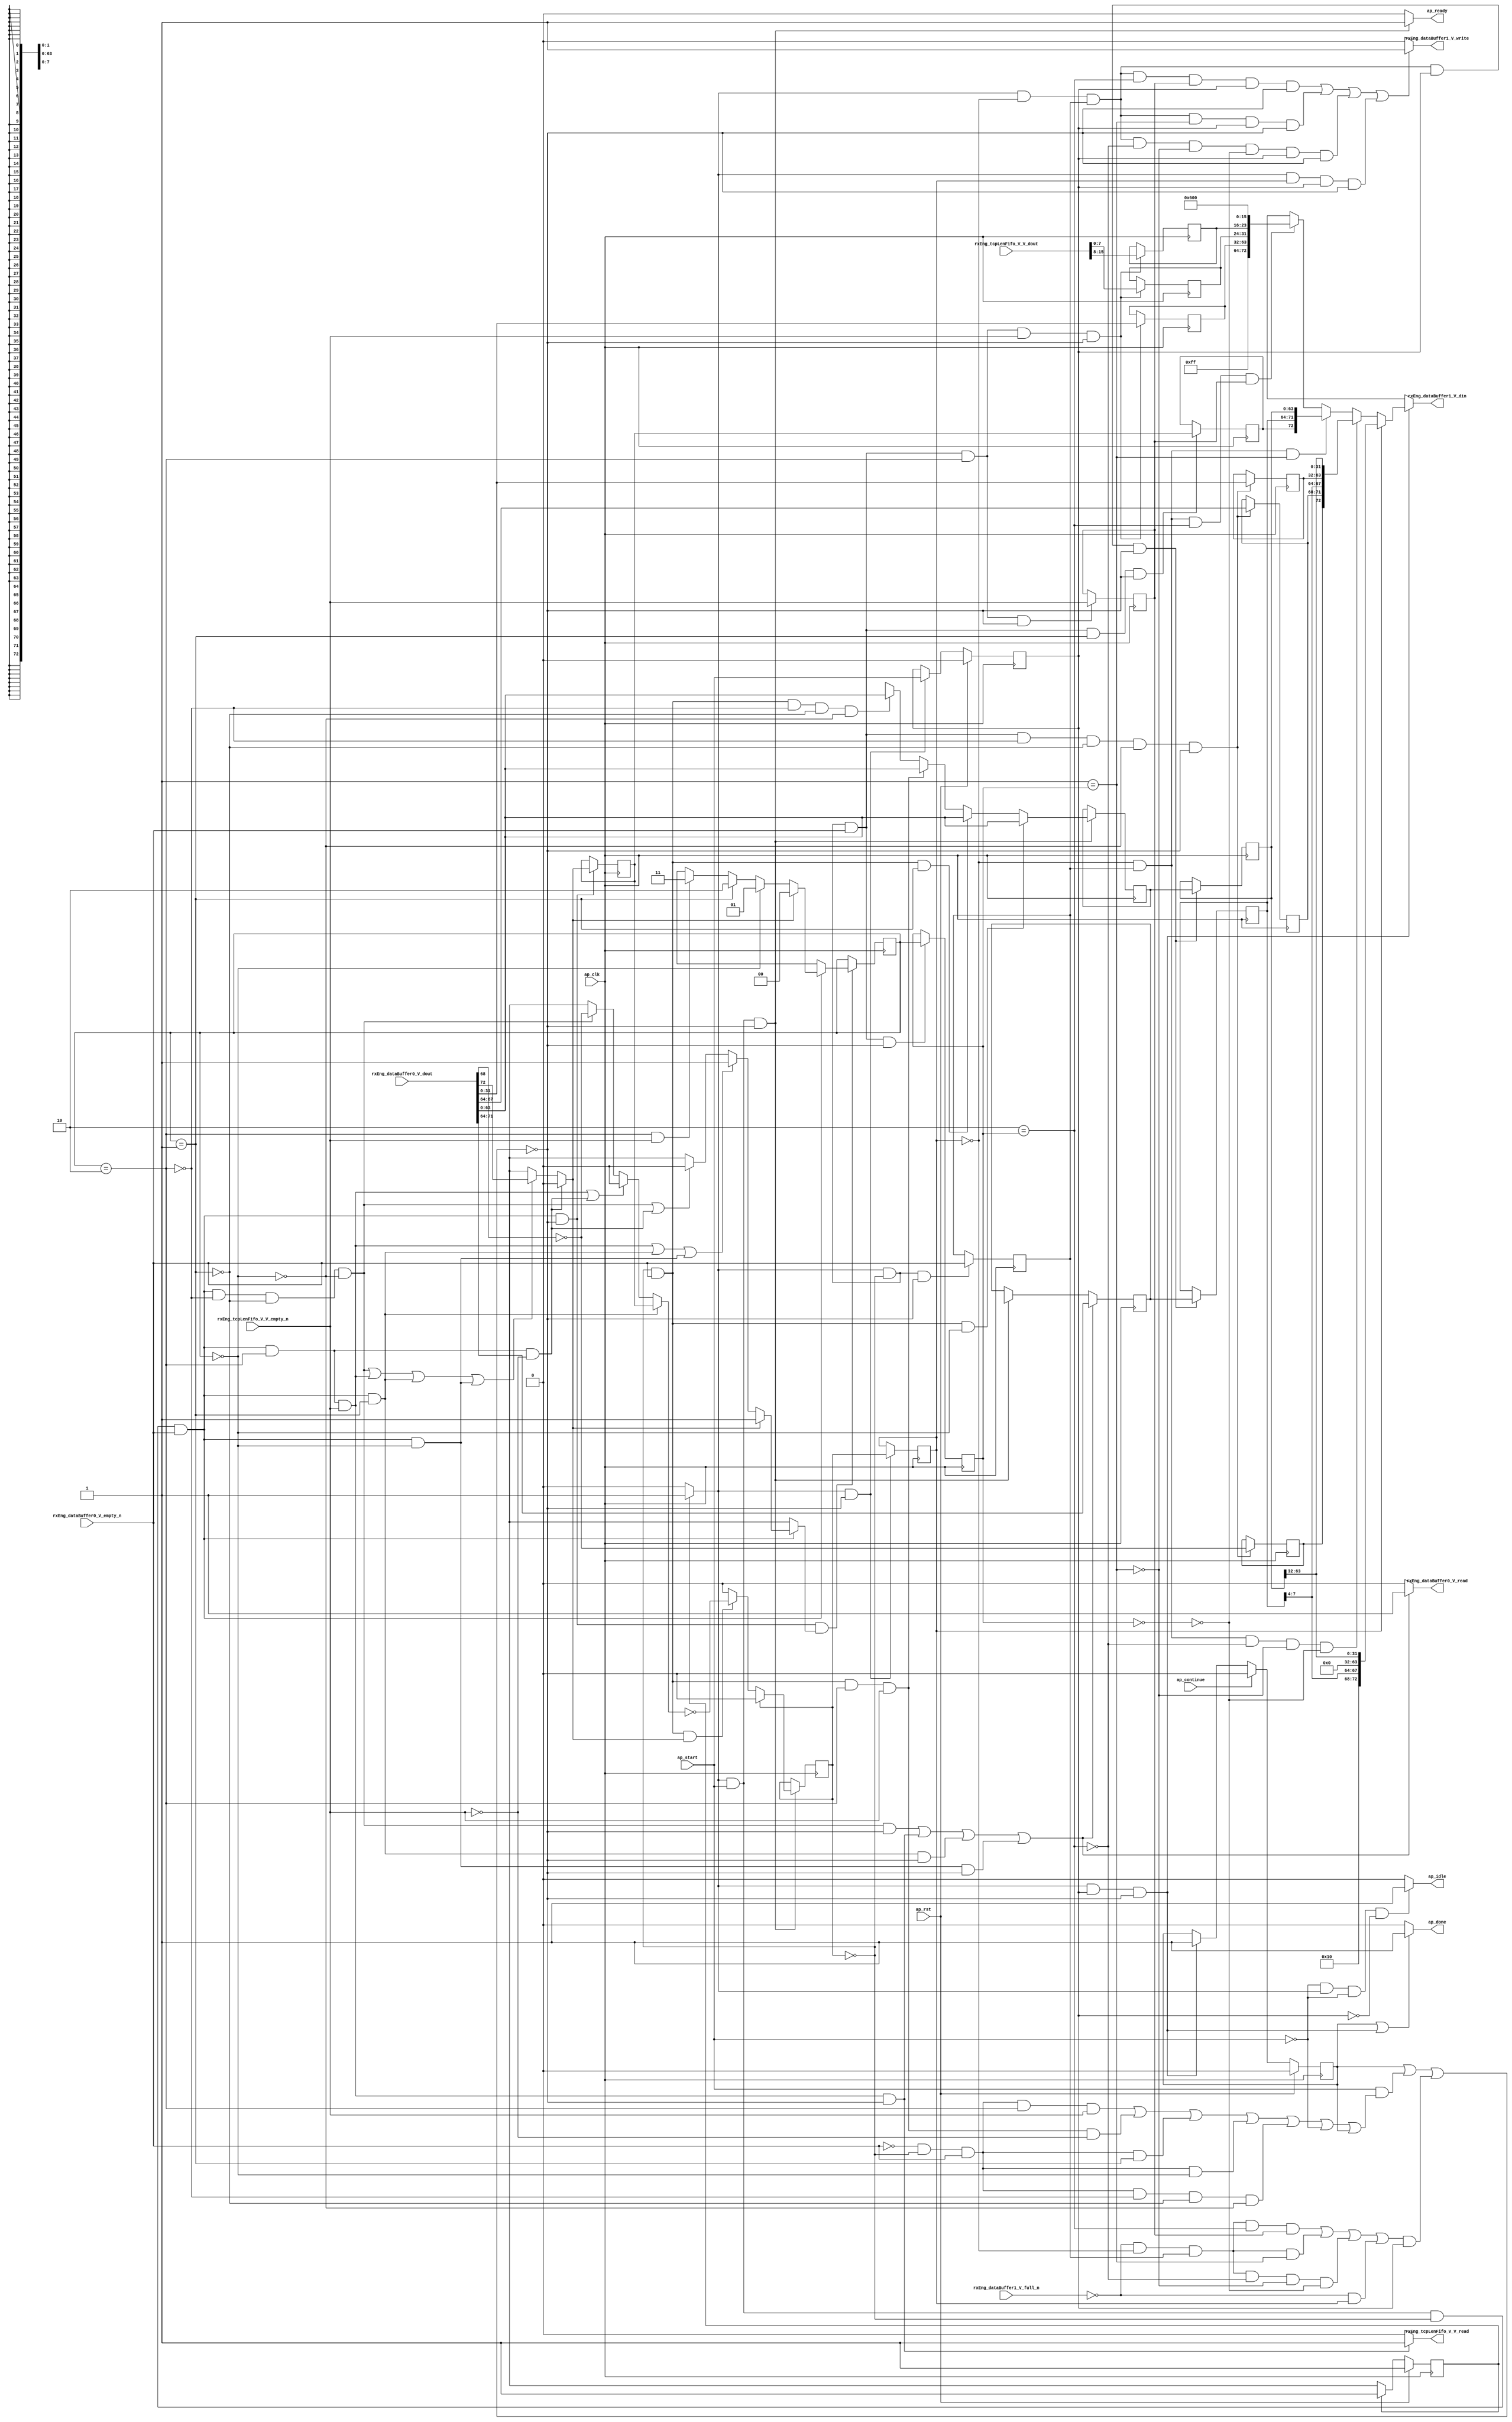
// This program was cloned from: https://github.com/mustafabbas/ECE1373_2016_hft_on_fpga
// License: MIT License

// ==============================================================
// RTL generated by Vivado(TM) HLS - High-Level Synthesis from C, C++ and SystemC
// Version: 2015.1
// Copyright (C) 2015 Xilinx Inc. All rights reserved.
// 
// ===========================================================

`timescale 1 ns / 1 ps 

module toe_rxInsertPseudoHeader (
        ap_clk,
        ap_rst,
        ap_start,
        ap_done,
        ap_continue,
        ap_idle,
        ap_ready,
        rxEng_dataBuffer0_V_dout,
        rxEng_dataBuffer0_V_empty_n,
        rxEng_dataBuffer0_V_read,
        rxEng_tcpLenFifo_V_V_dout,
        rxEng_tcpLenFifo_V_V_empty_n,
        rxEng_tcpLenFifo_V_V_read,
        rxEng_dataBuffer1_V_din,
        rxEng_dataBuffer1_V_full_n,
        rxEng_dataBuffer1_V_write
);

parameter    ap_const_logic_1 = 1'b1;
parameter    ap_const_logic_0 = 1'b0;
parameter    ap_ST_pp0_stg0_fsm_0 = 1'b1;
parameter    ap_const_lv32_0 = 32'b00000000000000000000000000000000;
parameter    ap_const_lv1_1 = 1'b1;
parameter    ap_const_lv1_0 = 1'b0;
parameter    ap_const_lv2_2 = 2'b10;
parameter    ap_const_lv2_1 = 2'b1;
parameter    ap_const_lv2_0 = 2'b00;
parameter    ap_const_lv64_0 = 64'b0000000000000000000000000000000000000000000000000000000000000000;
parameter    ap_const_lv2_3 = 2'b11;
parameter    ap_const_lv32_40 = 32'b1000000;
parameter    ap_const_lv32_47 = 32'b1000111;
parameter    ap_const_lv32_48 = 32'b1001000;
parameter    ap_const_lv32_20 = 32'b100000;
parameter    ap_const_lv32_3F = 32'b111111;
parameter    ap_const_lv32_4 = 32'b100;
parameter    ap_const_lv32_7 = 32'b111;
parameter    ap_const_lv32_8 = 32'b1000;
parameter    ap_const_lv32_F = 32'b1111;
parameter    ap_const_lv32_43 = 32'b1000011;
parameter    ap_const_lv32_44 = 32'b1000100;
parameter    ap_const_lv9_FF = 9'b11111111;
parameter    ap_const_lv16_600 = 16'b11000000000;
parameter    ap_const_lv32_1F = 32'b11111;
parameter    ap_const_lv5_10 = 5'b10000;
parameter    ap_true = 1'b1;

input   ap_clk;
input   ap_rst;
input   ap_start;
output   ap_done;
input   ap_continue;
output   ap_idle;
output   ap_ready;
input  [72:0] rxEng_dataBuffer0_V_dout;
input   rxEng_dataBuffer0_V_empty_n;
output   rxEng_dataBuffer0_V_read;
input  [15:0] rxEng_tcpLenFifo_V_V_dout;
input   rxEng_tcpLenFifo_V_V_empty_n;
output   rxEng_tcpLenFifo_V_V_read;
output  [72:0] rxEng_dataBuffer1_V_din;
input   rxEng_dataBuffer1_V_full_n;
output   rxEng_dataBuffer1_V_write;

reg ap_done;
reg ap_idle;
reg ap_ready;
reg rxEng_dataBuffer0_V_read;
reg rxEng_tcpLenFifo_V_V_read;
reg[72:0] rxEng_dataBuffer1_V_din;
reg rxEng_dataBuffer1_V_write;
reg    ap_done_reg = 1'b0;
(* fsm_encoding = "none" *) reg   [0:0] ap_CS_fsm = 1'b1;
reg    ap_sig_cseq_ST_pp0_stg0_fsm_0;
reg    ap_sig_bdd_20;
wire    ap_reg_ppiten_pp0_it0;
reg    ap_reg_ppiten_pp0_it1 = 1'b0;
wire   [0:0] tmp_nbreadreq_fu_136_p3;
wire   [0:0] tmp_79_nbreadreq_fu_144_p3;
reg    ap_sig_bdd_85;
reg   [0:0] iph_wasLast_load_reg_536;
reg   [0:0] tmp_reg_540;
reg   [1:0] iph_wordCount_V_load_reg_544;
reg   [0:0] tmp_79_reg_548;
reg    ap_sig_bdd_122;
reg   [0:0] iph_wasLast = 1'b0;
reg   [63:0] iph_prevWord_data_V = 64'b0000000000000000000000000000000000000000000000000000000000000000;
reg   [7:0] iph_prevWord_keep_V = 8'b00000000;
reg   [1:0] iph_wordCount_V = 2'b00;
reg   [0:0] iph_prevWord_last_V = 1'b0;
wire   [63:0] p_Val2_27_fu_359_p1;
reg   [7:0] p_Result_14_reg_557;
wire   [7:0] tmp_355_fu_373_p1;
reg   [7:0] tmp_355_reg_562;
wire   [31:0] tmp_356_fu_377_p1;
reg   [31:0] tmp_356_reg_567;
wire   [63:0] tmp_351_fu_381_p1;
reg   [0:0] tmp_last_V_10_reg_577;
wire   [63:0] tmp_349_fu_390_p1;
wire   [63:0] p_Val2_26_fu_394_p1;
wire   [31:0] tmp_347_fu_398_p1;
reg   [31:0] tmp_347_reg_592;
reg   [3:0] p_Result_13_reg_597;
wire   [0:0] tmp_last_V_fu_420_p2;
reg   [0:0] tmp_last_V_reg_602;
wire   [0:0] ap_reg_phiprechg_iph_wordCount_V_flag_reg_171pp0_it0;
reg   [0:0] iph_wordCount_V_flag_phi_fu_174_p10;
wire   [1:0] ap_reg_phiprechg_iph_wordCount_V_new_reg_191pp0_it0;
reg   [1:0] iph_wordCount_V_new_phi_fu_194_p10;
wire   [0:0] ap_reg_phiprechg_tmp_s_reg_211pp0_it0;
reg   [0:0] tmp_s_phi_fu_214_p10;
wire   [0:0] ap_reg_phiprechg_tmp_103_reg_229pp0_it0;
reg   [0:0] tmp_103_phi_fu_232_p10;
wire   [0:0] ap_reg_phiprechg_iph_wordCount_V_flag_1_reg_245pp0_it0;
reg   [0:0] iph_wordCount_V_flag_1_phi_fu_248_p4;
wire   [1:0] ap_reg_phiprechg_iph_wordCount_V_new_1_reg_257pp0_it0;
reg   [1:0] iph_wordCount_V_new_1_phi_fu_260_p4;
wire   [7:0] ap_reg_phiprechg_tmp_104_reg_268pp0_it0;
reg   [7:0] ap_reg_phiprechg_tmp_104_reg_268pp0_it1;
wire   [63:0] ap_reg_phiprechg_tmp_105_reg_285pp0_it0;
reg   [63:0] ap_reg_phiprechg_tmp_105_reg_285pp0_it1;
wire   [72:0] tmp_5_fu_467_p6;
wire   [72:0] tmp_3_fu_479_p4;
wire   [72:0] tmp_7_fu_489_p6;
wire   [72:0] tmp108_fu_525_p4;
wire   [0:0] tmp_106_fu_433_p2;
wire   [0:0] tmp_348_fu_412_p3;
wire   [3:0] grp_fu_334_p4;
wire   [31:0] grp_fu_325_p4;
wire   [63:0] p_Result_s_117_fu_513_p5;
reg   [0:0] ap_NS_fsm;
reg    ap_sig_pprstidle_pp0;
reg    ap_sig_bdd_76;
reg    ap_sig_bdd_55;
reg    ap_sig_bdd_65;
reg    ap_sig_bdd_69;
reg    ap_sig_bdd_129;
reg    ap_sig_bdd_228;
reg    ap_sig_bdd_276;
reg    ap_sig_bdd_411;
reg    ap_sig_bdd_105;
reg    ap_sig_bdd_108;
reg    ap_sig_bdd_116;
reg    ap_sig_bdd_241;




/// the current state (ap_CS_fsm) of the state machine. ///
always @ (posedge ap_clk)
begin : ap_ret_ap_CS_fsm
    if (ap_rst == 1'b1) begin
        ap_CS_fsm <= ap_ST_pp0_stg0_fsm_0;
    end else begin
        ap_CS_fsm <= ap_NS_fsm;
    end
end

/// ap_done_reg assign process. ///
always @ (posedge ap_clk)
begin : ap_ret_ap_done_reg
    if (ap_rst == 1'b1) begin
        ap_done_reg <= ap_const_logic_0;
    end else begin
        if ((ap_const_logic_1 == ap_continue)) begin
            ap_done_reg <= ap_const_logic_0;
        end else if (((ap_const_logic_1 == ap_sig_cseq_ST_pp0_stg0_fsm_0) & (ap_const_logic_1 == ap_reg_ppiten_pp0_it1) & ~((ap_done_reg == ap_const_logic_1) | ((ap_const_logic_1 == ap_reg_ppiten_pp0_it0) & ap_sig_bdd_85) | (ap_sig_bdd_122 & (ap_const_logic_1 == ap_reg_ppiten_pp0_it1))))) begin
            ap_done_reg <= ap_const_logic_1;
        end
    end
end

/// ap_reg_ppiten_pp0_it1 assign process. ///
always @ (posedge ap_clk)
begin : ap_ret_ap_reg_ppiten_pp0_it1
    if (ap_rst == 1'b1) begin
        ap_reg_ppiten_pp0_it1 <= ap_const_logic_0;
    end else begin
        if (((ap_const_logic_1 == ap_sig_cseq_ST_pp0_stg0_fsm_0) & ~((ap_done_reg == ap_const_logic_1) | ((ap_const_logic_1 == ap_reg_ppiten_pp0_it0) & ap_sig_bdd_85) | (ap_sig_bdd_122 & (ap_const_logic_1 == ap_reg_ppiten_pp0_it1))))) begin
            ap_reg_ppiten_pp0_it1 <= ap_reg_ppiten_pp0_it0;
        end
    end
end

/// assign process. ///
always @(posedge ap_clk)
begin
    if ((((ap_const_logic_1 == ap_sig_cseq_ST_pp0_stg0_fsm_0) & (ap_const_logic_1 == ap_reg_ppiten_pp0_it0) & (iph_wasLast == ap_const_lv1_0) & ~(ap_const_lv1_0 == tmp_nbreadreq_fu_136_p3) & ~(iph_wordCount_V == ap_const_lv2_2) & ~(iph_wordCount_V == ap_const_lv2_1) & ~(iph_wordCount_V == ap_const_lv2_0) & ~((ap_done_reg == ap_const_logic_1) | ((ap_const_logic_1 == ap_reg_ppiten_pp0_it0) & ap_sig_bdd_85) | (ap_sig_bdd_122 & (ap_const_logic_1 == ap_reg_ppiten_pp0_it1)))) | ((ap_const_logic_1 == ap_sig_cseq_ST_pp0_stg0_fsm_0) & (ap_const_logic_1 == ap_reg_ppiten_pp0_it0) & (iph_wasLast == ap_const_lv1_0) & ~(ap_const_lv1_0 == tmp_nbreadreq_fu_136_p3) & (iph_wordCount_V == ap_const_lv2_2) & ~(ap_const_lv1_0 == tmp_79_nbreadreq_fu_144_p3) & ~((ap_done_reg == ap_const_logic_1) | ((ap_const_logic_1 == ap_reg_ppiten_pp0_it0) & ap_sig_bdd_85) | (ap_sig_bdd_122 & (ap_const_logic_1 == ap_reg_ppiten_pp0_it1)))) | ((ap_const_logic_1 == ap_sig_cseq_ST_pp0_stg0_fsm_0) & (ap_const_logic_1 == ap_reg_ppiten_pp0_it0) & (iph_wasLast == ap_const_lv1_0) & ~(ap_const_lv1_0 == tmp_nbreadreq_fu_136_p3) & (iph_wordCount_V == ap_const_lv2_1) & ~((ap_done_reg == ap_const_logic_1) | ((ap_const_logic_1 == ap_reg_ppiten_pp0_it0) & ap_sig_bdd_85) | (ap_sig_bdd_122 & (ap_const_logic_1 == ap_reg_ppiten_pp0_it1)))) | ((ap_const_logic_1 == ap_sig_cseq_ST_pp0_stg0_fsm_0) & (ap_const_logic_1 == ap_reg_ppiten_pp0_it0) & (iph_wasLast == ap_const_lv1_0) & ~(ap_const_lv1_0 == tmp_nbreadreq_fu_136_p3) & (iph_wordCount_V == ap_const_lv2_0) & ~((ap_done_reg == ap_const_logic_1) | ((ap_const_logic_1 == ap_reg_ppiten_pp0_it0) & ap_sig_bdd_85) | (ap_sig_bdd_122 & (ap_const_logic_1 == ap_reg_ppiten_pp0_it1)))))) begin
        ap_reg_phiprechg_tmp_104_reg_268pp0_it1 <= {{rxEng_dataBuffer0_V_dout[ap_const_lv32_47 : ap_const_lv32_40]}};
    end else if (((ap_const_logic_1 == ap_sig_cseq_ST_pp0_stg0_fsm_0) & (ap_const_logic_1 == ap_reg_ppiten_pp0_it0) & ~((ap_done_reg == ap_const_logic_1) | ((ap_const_logic_1 == ap_reg_ppiten_pp0_it0) & ap_sig_bdd_85) | (ap_sig_bdd_122 & (ap_const_logic_1 == ap_reg_ppiten_pp0_it1))))) begin
        ap_reg_phiprechg_tmp_104_reg_268pp0_it1 <= ap_reg_phiprechg_tmp_104_reg_268pp0_it0;
    end
end

/// assign process. ///
always @(posedge ap_clk)
begin
    if (ap_sig_bdd_129) begin
        if (ap_sig_bdd_69) begin
            ap_reg_phiprechg_tmp_105_reg_285pp0_it1 <= tmp_349_fu_390_p1;
        end else if (ap_sig_bdd_65) begin
            ap_reg_phiprechg_tmp_105_reg_285pp0_it1 <= tmp_351_fu_381_p1;
        end else if (ap_sig_bdd_55) begin
            ap_reg_phiprechg_tmp_105_reg_285pp0_it1 <= p_Val2_27_fu_359_p1;
        end else if (ap_sig_bdd_76) begin
            ap_reg_phiprechg_tmp_105_reg_285pp0_it1 <= p_Val2_26_fu_394_p1;
        end else if ((ap_true == ap_true)) begin
            ap_reg_phiprechg_tmp_105_reg_285pp0_it1 <= ap_reg_phiprechg_tmp_105_reg_285pp0_it0;
        end
    end
end

/// assign process. ///
always @(posedge ap_clk)
begin
    if (ap_sig_bdd_129) begin
        if (~(iph_wasLast == ap_const_lv1_0)) begin
            iph_wasLast <= ap_const_lv1_0;
        end else if (ap_sig_bdd_228) begin
            iph_wasLast <= tmp_106_fu_433_p2;
        end
    end
end

/// assign process. ///
always @(posedge ap_clk)
begin
    if (((ap_const_logic_1 == ap_sig_cseq_ST_pp0_stg0_fsm_0) & (ap_const_lv1_0 == iph_wasLast_load_reg_536) & ~(ap_const_lv1_0 == tmp_reg_540) & (ap_const_logic_1 == ap_reg_ppiten_pp0_it1) & ~((ap_done_reg == ap_const_logic_1) | ((ap_const_logic_1 == ap_reg_ppiten_pp0_it0) & ap_sig_bdd_85) | (ap_sig_bdd_122 & (ap_const_logic_1 == ap_reg_ppiten_pp0_it1))))) begin
        iph_prevWord_data_V <= ap_reg_phiprechg_tmp_105_reg_285pp0_it1;
        iph_prevWord_keep_V <= ap_reg_phiprechg_tmp_104_reg_268pp0_it1;
    end
end

/// assign process. ///
always @(posedge ap_clk)
begin
    if (((ap_const_logic_1 == ap_sig_cseq_ST_pp0_stg0_fsm_0) & (ap_const_logic_1 == ap_reg_ppiten_pp0_it0) & (iph_wasLast == ap_const_lv1_0) & ~(ap_const_lv1_0 == tmp_nbreadreq_fu_136_p3) & ~((ap_done_reg == ap_const_logic_1) | ((ap_const_logic_1 == ap_reg_ppiten_pp0_it0) & ap_sig_bdd_85) | (ap_sig_bdd_122 & (ap_const_logic_1 == ap_reg_ppiten_pp0_it1))))) begin
        iph_prevWord_last_V <= tmp_103_phi_fu_232_p10;
    end
end

/// assign process. ///
always @(posedge ap_clk)
begin
    if (((ap_const_logic_1 == ap_sig_cseq_ST_pp0_stg0_fsm_0) & ~((ap_done_reg == ap_const_logic_1) | ((ap_const_logic_1 == ap_reg_ppiten_pp0_it0) & ap_sig_bdd_85) | (ap_sig_bdd_122 & (ap_const_logic_1 == ap_reg_ppiten_pp0_it1))))) begin
        iph_wasLast_load_reg_536 <= iph_wasLast;
    end
end

/// assign process. ///
always @(posedge ap_clk)
begin
    if (((ap_const_logic_1 == ap_sig_cseq_ST_pp0_stg0_fsm_0) & (ap_const_logic_1 == ap_reg_ppiten_pp0_it0) & (iph_wasLast == ap_const_lv1_0) & ~(ap_const_lv1_0 == tmp_nbreadreq_fu_136_p3) & ~((ap_done_reg == ap_const_logic_1) | ((ap_const_logic_1 == ap_reg_ppiten_pp0_it0) & ap_sig_bdd_85) | (ap_sig_bdd_122 & (ap_const_logic_1 == ap_reg_ppiten_pp0_it1))) & ~(ap_const_lv1_0 == iph_wordCount_V_flag_1_phi_fu_248_p4))) begin
        iph_wordCount_V <= iph_wordCount_V_new_1_phi_fu_260_p4;
    end
end

/// assign process. ///
always @(posedge ap_clk)
begin
    if (((ap_const_logic_1 == ap_sig_cseq_ST_pp0_stg0_fsm_0) & (iph_wasLast == ap_const_lv1_0) & ~(ap_const_lv1_0 == tmp_nbreadreq_fu_136_p3) & ~((ap_done_reg == ap_const_logic_1) | ((ap_const_logic_1 == ap_reg_ppiten_pp0_it0) & ap_sig_bdd_85) | (ap_sig_bdd_122 & (ap_const_logic_1 == ap_reg_ppiten_pp0_it1))))) begin
        iph_wordCount_V_load_reg_544 <= iph_wordCount_V;
    end
end

/// assign process. ///
always @(posedge ap_clk)
begin
    if (((ap_const_logic_1 == ap_sig_cseq_ST_pp0_stg0_fsm_0) & (iph_wasLast == ap_const_lv1_0) & ~(ap_const_lv1_0 == tmp_nbreadreq_fu_136_p3) & ~(iph_wordCount_V == ap_const_lv2_2) & ~(iph_wordCount_V == ap_const_lv2_1) & ~(iph_wordCount_V == ap_const_lv2_0) & ~((ap_done_reg == ap_const_logic_1) | ((ap_const_logic_1 == ap_reg_ppiten_pp0_it0) & ap_sig_bdd_85) | (ap_sig_bdd_122 & (ap_const_logic_1 == ap_reg_ppiten_pp0_it1))))) begin
        p_Result_13_reg_597 <= {{rxEng_dataBuffer0_V_dout[ap_const_lv32_43 : ap_const_lv32_40]}};
        tmp_347_reg_592 <= tmp_347_fu_398_p1;
        tmp_last_V_reg_602 <= tmp_last_V_fu_420_p2;
    end
end

/// assign process. ///
always @(posedge ap_clk)
begin
    if (((ap_const_logic_1 == ap_sig_cseq_ST_pp0_stg0_fsm_0) & (iph_wasLast == ap_const_lv1_0) & ~(ap_const_lv1_0 == tmp_nbreadreq_fu_136_p3) & (iph_wordCount_V == ap_const_lv2_2) & ~(ap_const_lv1_0 == tmp_79_nbreadreq_fu_144_p3) & ~((ap_done_reg == ap_const_logic_1) | ((ap_const_logic_1 == ap_reg_ppiten_pp0_it0) & ap_sig_bdd_85) | (ap_sig_bdd_122 & (ap_const_logic_1 == ap_reg_ppiten_pp0_it1))))) begin
        p_Result_14_reg_557 <= {{rxEng_tcpLenFifo_V_V_dout[ap_const_lv32_F : ap_const_lv32_8]}};
        tmp_355_reg_562 <= tmp_355_fu_373_p1;
        tmp_356_reg_567 <= tmp_356_fu_377_p1;
    end
end

/// assign process. ///
always @(posedge ap_clk)
begin
    if (((ap_const_logic_1 == ap_sig_cseq_ST_pp0_stg0_fsm_0) & (iph_wasLast == ap_const_lv1_0) & ~(ap_const_lv1_0 == tmp_nbreadreq_fu_136_p3) & (iph_wordCount_V == ap_const_lv2_2) & ~((ap_done_reg == ap_const_logic_1) | ((ap_const_logic_1 == ap_reg_ppiten_pp0_it0) & ap_sig_bdd_85) | (ap_sig_bdd_122 & (ap_const_logic_1 == ap_reg_ppiten_pp0_it1))))) begin
        tmp_79_reg_548 <= tmp_79_nbreadreq_fu_144_p3;
    end
end

/// assign process. ///
always @(posedge ap_clk)
begin
    if (((ap_const_logic_1 == ap_sig_cseq_ST_pp0_stg0_fsm_0) & (iph_wasLast == ap_const_lv1_0) & ~(ap_const_lv1_0 == tmp_nbreadreq_fu_136_p3) & (iph_wordCount_V == ap_const_lv2_1) & ~((ap_done_reg == ap_const_logic_1) | ((ap_const_logic_1 == ap_reg_ppiten_pp0_it0) & ap_sig_bdd_85) | (ap_sig_bdd_122 & (ap_const_logic_1 == ap_reg_ppiten_pp0_it1))))) begin
        tmp_last_V_10_reg_577 <= iph_prevWord_last_V;
    end
end

/// assign process. ///
always @(posedge ap_clk)
begin
    if (((ap_const_logic_1 == ap_sig_cseq_ST_pp0_stg0_fsm_0) & (iph_wasLast == ap_const_lv1_0) & ~((ap_done_reg == ap_const_logic_1) | ((ap_const_logic_1 == ap_reg_ppiten_pp0_it0) & ap_sig_bdd_85) | (ap_sig_bdd_122 & (ap_const_logic_1 == ap_reg_ppiten_pp0_it1))))) begin
        tmp_reg_540 <= tmp_nbreadreq_fu_136_p3;
    end
end

/// ap_done assign process. ///
always @ (ap_done_reg or ap_sig_cseq_ST_pp0_stg0_fsm_0 or ap_reg_ppiten_pp0_it0 or ap_reg_ppiten_pp0_it1 or ap_sig_bdd_85 or ap_sig_bdd_122)
begin
    if (((ap_const_logic_1 == ap_done_reg) | ((ap_const_logic_1 == ap_sig_cseq_ST_pp0_stg0_fsm_0) & (ap_const_logic_1 == ap_reg_ppiten_pp0_it1) & ~((ap_done_reg == ap_const_logic_1) | ((ap_const_logic_1 == ap_reg_ppiten_pp0_it0) & ap_sig_bdd_85) | (ap_sig_bdd_122 & (ap_const_logic_1 == ap_reg_ppiten_pp0_it1)))))) begin
        ap_done = ap_const_logic_1;
    end else begin
        ap_done = ap_const_logic_0;
    end
end

/// ap_idle assign process. ///
always @ (ap_start or ap_sig_cseq_ST_pp0_stg0_fsm_0 or ap_reg_ppiten_pp0_it0 or ap_reg_ppiten_pp0_it1)
begin
    if ((~(ap_const_logic_1 == ap_start) & (ap_const_logic_1 == ap_sig_cseq_ST_pp0_stg0_fsm_0) & (ap_const_logic_0 == ap_reg_ppiten_pp0_it0) & (ap_const_logic_0 == ap_reg_ppiten_pp0_it1))) begin
        ap_idle = ap_const_logic_1;
    end else begin
        ap_idle = ap_const_logic_0;
    end
end

/// ap_ready assign process. ///
always @ (ap_done_reg or ap_sig_cseq_ST_pp0_stg0_fsm_0 or ap_reg_ppiten_pp0_it0 or ap_reg_ppiten_pp0_it1 or ap_sig_bdd_85 or ap_sig_bdd_122)
begin
    if (((ap_const_logic_1 == ap_sig_cseq_ST_pp0_stg0_fsm_0) & (ap_const_logic_1 == ap_reg_ppiten_pp0_it0) & ~((ap_done_reg == ap_const_logic_1) | ((ap_const_logic_1 == ap_reg_ppiten_pp0_it0) & ap_sig_bdd_85) | (ap_sig_bdd_122 & (ap_const_logic_1 == ap_reg_ppiten_pp0_it1))))) begin
        ap_ready = ap_const_logic_1;
    end else begin
        ap_ready = ap_const_logic_0;
    end
end

/// ap_sig_cseq_ST_pp0_stg0_fsm_0 assign process. ///
always @ (ap_sig_bdd_20)
begin
    if (ap_sig_bdd_20) begin
        ap_sig_cseq_ST_pp0_stg0_fsm_0 = ap_const_logic_1;
    end else begin
        ap_sig_cseq_ST_pp0_stg0_fsm_0 = ap_const_logic_0;
    end
end

/// ap_sig_pprstidle_pp0 assign process. ///
always @ (ap_start or ap_reg_ppiten_pp0_it0)
begin
    if (((ap_const_logic_0 == ap_reg_ppiten_pp0_it0) & (ap_const_logic_0 == ap_start))) begin
        ap_sig_pprstidle_pp0 = ap_const_logic_1;
    end else begin
        ap_sig_pprstidle_pp0 = ap_const_logic_0;
    end
end

/// iph_wordCount_V_flag_1_phi_fu_248_p4 assign process. ///
always @ (iph_wordCount_V_flag_phi_fu_174_p10 or tmp_103_phi_fu_232_p10 or ap_reg_phiprechg_iph_wordCount_V_flag_1_reg_245pp0_it0 or ap_sig_bdd_276)
begin
    if (ap_sig_bdd_276) begin
        if ((ap_const_lv1_0 == tmp_103_phi_fu_232_p10)) begin
            iph_wordCount_V_flag_1_phi_fu_248_p4 = iph_wordCount_V_flag_phi_fu_174_p10;
        end else if (~(ap_const_lv1_0 == tmp_103_phi_fu_232_p10)) begin
            iph_wordCount_V_flag_1_phi_fu_248_p4 = ap_const_lv1_1;
        end else begin
            iph_wordCount_V_flag_1_phi_fu_248_p4 = ap_reg_phiprechg_iph_wordCount_V_flag_1_reg_245pp0_it0;
        end
    end else begin
        iph_wordCount_V_flag_1_phi_fu_248_p4 = ap_reg_phiprechg_iph_wordCount_V_flag_1_reg_245pp0_it0;
    end
end

/// iph_wordCount_V_flag_phi_fu_174_p10 assign process. ///
always @ (ap_sig_cseq_ST_pp0_stg0_fsm_0 or ap_reg_ppiten_pp0_it0 or tmp_nbreadreq_fu_136_p3 or tmp_79_nbreadreq_fu_144_p3 or iph_wasLast or iph_wordCount_V or ap_reg_phiprechg_iph_wordCount_V_flag_reg_171pp0_it0)
begin
    if ((((ap_const_logic_1 == ap_sig_cseq_ST_pp0_stg0_fsm_0) & (ap_const_logic_1 == ap_reg_ppiten_pp0_it0) & (iph_wasLast == ap_const_lv1_0) & ~(ap_const_lv1_0 == tmp_nbreadreq_fu_136_p3) & (iph_wordCount_V == ap_const_lv2_2) & ~(ap_const_lv1_0 == tmp_79_nbreadreq_fu_144_p3)) | ((ap_const_logic_1 == ap_sig_cseq_ST_pp0_stg0_fsm_0) & (ap_const_logic_1 == ap_reg_ppiten_pp0_it0) & (iph_wasLast == ap_const_lv1_0) & ~(ap_const_lv1_0 == tmp_nbreadreq_fu_136_p3) & (iph_wordCount_V == ap_const_lv2_1)) | ((ap_const_logic_1 == ap_sig_cseq_ST_pp0_stg0_fsm_0) & (ap_const_logic_1 == ap_reg_ppiten_pp0_it0) & (iph_wasLast == ap_const_lv1_0) & ~(ap_const_lv1_0 == tmp_nbreadreq_fu_136_p3) & (iph_wordCount_V == ap_const_lv2_0)))) begin
        iph_wordCount_V_flag_phi_fu_174_p10 = ap_const_lv1_1;
    end else if ((((ap_const_logic_1 == ap_sig_cseq_ST_pp0_stg0_fsm_0) & (ap_const_logic_1 == ap_reg_ppiten_pp0_it0) & (iph_wasLast == ap_const_lv1_0) & ~(ap_const_lv1_0 == tmp_nbreadreq_fu_136_p3) & ~(iph_wordCount_V == ap_const_lv2_2) & ~(iph_wordCount_V == ap_const_lv2_1) & ~(iph_wordCount_V == ap_const_lv2_0)) | ((ap_const_logic_1 == ap_sig_cseq_ST_pp0_stg0_fsm_0) & (ap_const_logic_1 == ap_reg_ppiten_pp0_it0) & (iph_wasLast == ap_const_lv1_0) & ~(ap_const_lv1_0 == tmp_nbreadreq_fu_136_p3) & (iph_wordCount_V == ap_const_lv2_2) & (ap_const_lv1_0 == tmp_79_nbreadreq_fu_144_p3)))) begin
        iph_wordCount_V_flag_phi_fu_174_p10 = ap_const_lv1_0;
    end else begin
        iph_wordCount_V_flag_phi_fu_174_p10 = ap_reg_phiprechg_iph_wordCount_V_flag_reg_171pp0_it0;
    end
end

/// iph_wordCount_V_new_1_phi_fu_260_p4 assign process. ///
always @ (iph_wordCount_V_new_phi_fu_194_p10 or tmp_103_phi_fu_232_p10 or ap_reg_phiprechg_iph_wordCount_V_new_1_reg_257pp0_it0 or ap_sig_bdd_276)
begin
    if (ap_sig_bdd_276) begin
        if ((ap_const_lv1_0 == tmp_103_phi_fu_232_p10)) begin
            iph_wordCount_V_new_1_phi_fu_260_p4 = iph_wordCount_V_new_phi_fu_194_p10;
        end else if (~(ap_const_lv1_0 == tmp_103_phi_fu_232_p10)) begin
            iph_wordCount_V_new_1_phi_fu_260_p4 = ap_const_lv2_0;
        end else begin
            iph_wordCount_V_new_1_phi_fu_260_p4 = ap_reg_phiprechg_iph_wordCount_V_new_1_reg_257pp0_it0;
        end
    end else begin
        iph_wordCount_V_new_1_phi_fu_260_p4 = ap_reg_phiprechg_iph_wordCount_V_new_1_reg_257pp0_it0;
    end
end

/// iph_wordCount_V_new_phi_fu_194_p10 assign process. ///
always @ (iph_wordCount_V or ap_reg_phiprechg_iph_wordCount_V_new_reg_191pp0_it0 or ap_sig_bdd_276 or ap_sig_bdd_411)
begin
    if (ap_sig_bdd_276) begin
        if ((iph_wordCount_V == ap_const_lv2_0)) begin
            iph_wordCount_V_new_phi_fu_194_p10 = ap_const_lv2_1;
        end else if ((iph_wordCount_V == ap_const_lv2_1)) begin
            iph_wordCount_V_new_phi_fu_194_p10 = ap_const_lv2_2;
        end else if (ap_sig_bdd_411) begin
            iph_wordCount_V_new_phi_fu_194_p10 = ap_const_lv2_3;
        end else begin
            iph_wordCount_V_new_phi_fu_194_p10 = ap_reg_phiprechg_iph_wordCount_V_new_reg_191pp0_it0;
        end
    end else begin
        iph_wordCount_V_new_phi_fu_194_p10 = ap_reg_phiprechg_iph_wordCount_V_new_reg_191pp0_it0;
    end
end

/// rxEng_dataBuffer0_V_read assign process. ///
always @ (ap_done_reg or ap_sig_cseq_ST_pp0_stg0_fsm_0 or ap_reg_ppiten_pp0_it0 or ap_reg_ppiten_pp0_it1 or tmp_nbreadreq_fu_136_p3 or tmp_79_nbreadreq_fu_144_p3 or ap_sig_bdd_85 or ap_sig_bdd_122 or iph_wasLast or iph_wordCount_V)
begin
    if ((((ap_const_logic_1 == ap_sig_cseq_ST_pp0_stg0_fsm_0) & (ap_const_logic_1 == ap_reg_ppiten_pp0_it0) & (iph_wasLast == ap_const_lv1_0) & ~(ap_const_lv1_0 == tmp_nbreadreq_fu_136_p3) & ~(iph_wordCount_V == ap_const_lv2_2) & ~(iph_wordCount_V == ap_const_lv2_1) & ~(iph_wordCount_V == ap_const_lv2_0) & ~((ap_done_reg == ap_const_logic_1) | ((ap_const_logic_1 == ap_reg_ppiten_pp0_it0) & ap_sig_bdd_85) | (ap_sig_bdd_122 & (ap_const_logic_1 == ap_reg_ppiten_pp0_it1)))) | ((ap_const_logic_1 == ap_sig_cseq_ST_pp0_stg0_fsm_0) & (ap_const_logic_1 == ap_reg_ppiten_pp0_it0) & (iph_wasLast == ap_const_lv1_0) & ~(ap_const_lv1_0 == tmp_nbreadreq_fu_136_p3) & (iph_wordCount_V == ap_const_lv2_2) & ~(ap_const_lv1_0 == tmp_79_nbreadreq_fu_144_p3) & ~((ap_done_reg == ap_const_logic_1) | ((ap_const_logic_1 == ap_reg_ppiten_pp0_it0) & ap_sig_bdd_85) | (ap_sig_bdd_122 & (ap_const_logic_1 == ap_reg_ppiten_pp0_it1)))) | ((ap_const_logic_1 == ap_sig_cseq_ST_pp0_stg0_fsm_0) & (ap_const_logic_1 == ap_reg_ppiten_pp0_it0) & (iph_wasLast == ap_const_lv1_0) & ~(ap_const_lv1_0 == tmp_nbreadreq_fu_136_p3) & (iph_wordCount_V == ap_const_lv2_1) & ~((ap_done_reg == ap_const_logic_1) | ((ap_const_logic_1 == ap_reg_ppiten_pp0_it0) & ap_sig_bdd_85) | (ap_sig_bdd_122 & (ap_const_logic_1 == ap_reg_ppiten_pp0_it1)))) | ((ap_const_logic_1 == ap_sig_cseq_ST_pp0_stg0_fsm_0) & (ap_const_logic_1 == ap_reg_ppiten_pp0_it0) & (iph_wasLast == ap_const_lv1_0) & ~(ap_const_lv1_0 == tmp_nbreadreq_fu_136_p3) & (iph_wordCount_V == ap_const_lv2_0) & ~((ap_done_reg == ap_const_logic_1) | ((ap_const_logic_1 == ap_reg_ppiten_pp0_it0) & ap_sig_bdd_85) | (ap_sig_bdd_122 & (ap_const_logic_1 == ap_reg_ppiten_pp0_it1)))))) begin
        rxEng_dataBuffer0_V_read = ap_const_logic_1;
    end else begin
        rxEng_dataBuffer0_V_read = ap_const_logic_0;
    end
end

/// rxEng_dataBuffer1_V_din assign process. ///
always @ (iph_wasLast_load_reg_536 or tmp_5_fu_467_p6 or tmp_3_fu_479_p4 or tmp_7_fu_489_p6 or tmp108_fu_525_p4 or ap_sig_bdd_105 or ap_sig_bdd_108 or ap_sig_bdd_116 or ap_sig_bdd_241)
begin
    if (ap_sig_bdd_241) begin
        if (~(ap_const_lv1_0 == iph_wasLast_load_reg_536)) begin
            rxEng_dataBuffer1_V_din = tmp108_fu_525_p4;
        end else if (ap_sig_bdd_116) begin
            rxEng_dataBuffer1_V_din = tmp_7_fu_489_p6;
        end else if (ap_sig_bdd_108) begin
            rxEng_dataBuffer1_V_din = tmp_3_fu_479_p4;
        end else if (ap_sig_bdd_105) begin
            rxEng_dataBuffer1_V_din = tmp_5_fu_467_p6;
        end else begin
            rxEng_dataBuffer1_V_din = 'bx;
        end
    end else begin
        rxEng_dataBuffer1_V_din = 'bx;
    end
end

/// rxEng_dataBuffer1_V_write assign process. ///
always @ (ap_done_reg or ap_sig_cseq_ST_pp0_stg0_fsm_0 or ap_reg_ppiten_pp0_it0 or ap_reg_ppiten_pp0_it1 or ap_sig_bdd_85 or iph_wasLast_load_reg_536 or tmp_reg_540 or iph_wordCount_V_load_reg_544 or tmp_79_reg_548 or ap_sig_bdd_122)
begin
    if ((((ap_const_logic_1 == ap_sig_cseq_ST_pp0_stg0_fsm_0) & (ap_const_lv1_0 == iph_wasLast_load_reg_536) & ~(ap_const_lv1_0 == tmp_reg_540) & (ap_const_lv2_2 == iph_wordCount_V_load_reg_544) & ~(ap_const_lv1_0 == tmp_79_reg_548) & (ap_const_logic_1 == ap_reg_ppiten_pp0_it1) & ~((ap_done_reg == ap_const_logic_1) | ((ap_const_logic_1 == ap_reg_ppiten_pp0_it0) & ap_sig_bdd_85) | (ap_sig_bdd_122 & (ap_const_logic_1 == ap_reg_ppiten_pp0_it1)))) | ((ap_const_logic_1 == ap_sig_cseq_ST_pp0_stg0_fsm_0) & (ap_const_lv1_0 == iph_wasLast_load_reg_536) & ~(ap_const_lv1_0 == tmp_reg_540) & (ap_const_lv2_1 == iph_wordCount_V_load_reg_544) & (ap_const_logic_1 == ap_reg_ppiten_pp0_it1) & ~((ap_done_reg == ap_const_logic_1) | ((ap_const_logic_1 == ap_reg_ppiten_pp0_it0) & ap_sig_bdd_85) | (ap_sig_bdd_122 & (ap_const_logic_1 == ap_reg_ppiten_pp0_it1)))) | ((ap_const_logic_1 == ap_sig_cseq_ST_pp0_stg0_fsm_0) & (ap_const_lv1_0 == iph_wasLast_load_reg_536) & ~(ap_const_lv1_0 == tmp_reg_540) & ~(ap_const_lv2_2 == iph_wordCount_V_load_reg_544) & ~(ap_const_lv2_1 == iph_wordCount_V_load_reg_544) & ~(ap_const_lv2_0 == iph_wordCount_V_load_reg_544) & (ap_const_logic_1 == ap_reg_ppiten_pp0_it1) & ~((ap_done_reg == ap_const_logic_1) | ((ap_const_logic_1 == ap_reg_ppiten_pp0_it0) & ap_sig_bdd_85) | (ap_sig_bdd_122 & (ap_const_logic_1 == ap_reg_ppiten_pp0_it1)))) | ((ap_const_logic_1 == ap_sig_cseq_ST_pp0_stg0_fsm_0) & ~(ap_const_lv1_0 == iph_wasLast_load_reg_536) & (ap_const_logic_1 == ap_reg_ppiten_pp0_it1) & ~((ap_done_reg == ap_const_logic_1) | ((ap_const_logic_1 == ap_reg_ppiten_pp0_it0) & ap_sig_bdd_85) | (ap_sig_bdd_122 & (ap_const_logic_1 == ap_reg_ppiten_pp0_it1)))))) begin
        rxEng_dataBuffer1_V_write = ap_const_logic_1;
    end else begin
        rxEng_dataBuffer1_V_write = ap_const_logic_0;
    end
end

/// rxEng_tcpLenFifo_V_V_read assign process. ///
always @ (ap_done_reg or ap_sig_cseq_ST_pp0_stg0_fsm_0 or ap_reg_ppiten_pp0_it0 or ap_reg_ppiten_pp0_it1 or tmp_nbreadreq_fu_136_p3 or tmp_79_nbreadreq_fu_144_p3 or ap_sig_bdd_85 or ap_sig_bdd_122 or iph_wasLast or iph_wordCount_V)
begin
    if (((ap_const_logic_1 == ap_sig_cseq_ST_pp0_stg0_fsm_0) & (ap_const_logic_1 == ap_reg_ppiten_pp0_it0) & (iph_wasLast == ap_const_lv1_0) & ~(ap_const_lv1_0 == tmp_nbreadreq_fu_136_p3) & (iph_wordCount_V == ap_const_lv2_2) & ~(ap_const_lv1_0 == tmp_79_nbreadreq_fu_144_p3) & ~((ap_done_reg == ap_const_logic_1) | ((ap_const_logic_1 == ap_reg_ppiten_pp0_it0) & ap_sig_bdd_85) | (ap_sig_bdd_122 & (ap_const_logic_1 == ap_reg_ppiten_pp0_it1))))) begin
        rxEng_tcpLenFifo_V_V_read = ap_const_logic_1;
    end else begin
        rxEng_tcpLenFifo_V_V_read = ap_const_logic_0;
    end
end

/// tmp_103_phi_fu_232_p10 assign process. ///
always @ (ap_sig_cseq_ST_pp0_stg0_fsm_0 or ap_reg_ppiten_pp0_it0 or rxEng_dataBuffer0_V_dout or tmp_nbreadreq_fu_136_p3 or tmp_79_nbreadreq_fu_144_p3 or iph_wasLast or iph_wordCount_V or ap_reg_phiprechg_tmp_103_reg_229pp0_it0)
begin
    if (((ap_const_logic_1 == ap_sig_cseq_ST_pp0_stg0_fsm_0) & (ap_const_logic_1 == ap_reg_ppiten_pp0_it0) & (iph_wasLast == ap_const_lv1_0) & ~(ap_const_lv1_0 == tmp_nbreadreq_fu_136_p3) & (iph_wordCount_V == ap_const_lv2_2) & (ap_const_lv1_0 == tmp_79_nbreadreq_fu_144_p3))) begin
        tmp_103_phi_fu_232_p10 = ap_const_lv1_0;
    end else if ((((ap_const_logic_1 == ap_sig_cseq_ST_pp0_stg0_fsm_0) & (ap_const_logic_1 == ap_reg_ppiten_pp0_it0) & (iph_wasLast == ap_const_lv1_0) & ~(ap_const_lv1_0 == tmp_nbreadreq_fu_136_p3) & ~(iph_wordCount_V == ap_const_lv2_2) & ~(iph_wordCount_V == ap_const_lv2_1) & ~(iph_wordCount_V == ap_const_lv2_0)) | ((ap_const_logic_1 == ap_sig_cseq_ST_pp0_stg0_fsm_0) & (ap_const_logic_1 == ap_reg_ppiten_pp0_it0) & (iph_wasLast == ap_const_lv1_0) & ~(ap_const_lv1_0 == tmp_nbreadreq_fu_136_p3) & (iph_wordCount_V == ap_const_lv2_2) & ~(ap_const_lv1_0 == tmp_79_nbreadreq_fu_144_p3)) | ((ap_const_logic_1 == ap_sig_cseq_ST_pp0_stg0_fsm_0) & (ap_const_logic_1 == ap_reg_ppiten_pp0_it0) & (iph_wasLast == ap_const_lv1_0) & ~(ap_const_lv1_0 == tmp_nbreadreq_fu_136_p3) & (iph_wordCount_V == ap_const_lv2_1)) | ((ap_const_logic_1 == ap_sig_cseq_ST_pp0_stg0_fsm_0) & (ap_const_logic_1 == ap_reg_ppiten_pp0_it0) & (iph_wasLast == ap_const_lv1_0) & ~(ap_const_lv1_0 == tmp_nbreadreq_fu_136_p3) & (iph_wordCount_V == ap_const_lv2_0)))) begin
        tmp_103_phi_fu_232_p10 = rxEng_dataBuffer0_V_dout[ap_const_lv32_48];
    end else begin
        tmp_103_phi_fu_232_p10 = ap_reg_phiprechg_tmp_103_reg_229pp0_it0;
    end
end

/// tmp_s_phi_fu_214_p10 assign process. ///
always @ (ap_sig_cseq_ST_pp0_stg0_fsm_0 or ap_reg_ppiten_pp0_it0 or tmp_nbreadreq_fu_136_p3 or tmp_79_nbreadreq_fu_144_p3 or iph_wasLast or iph_wordCount_V or iph_prevWord_last_V or tmp_last_V_fu_420_p2 or ap_reg_phiprechg_tmp_s_reg_211pp0_it0)
begin
    if (((ap_const_logic_1 == ap_sig_cseq_ST_pp0_stg0_fsm_0) & (ap_const_logic_1 == ap_reg_ppiten_pp0_it0) & (iph_wasLast == ap_const_lv1_0) & ~(ap_const_lv1_0 == tmp_nbreadreq_fu_136_p3) & (iph_wordCount_V == ap_const_lv2_1))) begin
        tmp_s_phi_fu_214_p10 = iph_prevWord_last_V;
    end else if ((((ap_const_logic_1 == ap_sig_cseq_ST_pp0_stg0_fsm_0) & (ap_const_logic_1 == ap_reg_ppiten_pp0_it0) & (iph_wasLast == ap_const_lv1_0) & ~(ap_const_lv1_0 == tmp_nbreadreq_fu_136_p3) & (iph_wordCount_V == ap_const_lv2_2) & ~(ap_const_lv1_0 == tmp_79_nbreadreq_fu_144_p3)) | ((ap_const_logic_1 == ap_sig_cseq_ST_pp0_stg0_fsm_0) & (ap_const_logic_1 == ap_reg_ppiten_pp0_it0) & (iph_wasLast == ap_const_lv1_0) & ~(ap_const_lv1_0 == tmp_nbreadreq_fu_136_p3) & (iph_wordCount_V == ap_const_lv2_2) & (ap_const_lv1_0 == tmp_79_nbreadreq_fu_144_p3)))) begin
        tmp_s_phi_fu_214_p10 = ap_const_lv1_0;
    end else if (((ap_const_logic_1 == ap_sig_cseq_ST_pp0_stg0_fsm_0) & (ap_const_logic_1 == ap_reg_ppiten_pp0_it0) & (iph_wasLast == ap_const_lv1_0) & ~(ap_const_lv1_0 == tmp_nbreadreq_fu_136_p3) & ~(iph_wordCount_V == ap_const_lv2_2) & ~(iph_wordCount_V == ap_const_lv2_1) & ~(iph_wordCount_V == ap_const_lv2_0))) begin
        tmp_s_phi_fu_214_p10 = tmp_last_V_fu_420_p2;
    end else begin
        tmp_s_phi_fu_214_p10 = ap_reg_phiprechg_tmp_s_reg_211pp0_it0;
    end
end
/// the next state (ap_NS_fsm) of the state machine. ///
always @ (ap_done_reg or ap_CS_fsm or ap_reg_ppiten_pp0_it0 or ap_reg_ppiten_pp0_it1 or ap_sig_bdd_85 or ap_sig_bdd_122 or ap_sig_pprstidle_pp0)
begin
    case (ap_CS_fsm)
        ap_ST_pp0_stg0_fsm_0 : 
        begin
            ap_NS_fsm = ap_ST_pp0_stg0_fsm_0;
        end
        default : 
        begin
            ap_NS_fsm = 'bx;
        end
    endcase
end

assign ap_reg_phiprechg_iph_wordCount_V_flag_1_reg_245pp0_it0 = 'bx;
assign ap_reg_phiprechg_iph_wordCount_V_flag_reg_171pp0_it0 = 'bx;
assign ap_reg_phiprechg_iph_wordCount_V_new_1_reg_257pp0_it0 = 'bx;
assign ap_reg_phiprechg_iph_wordCount_V_new_reg_191pp0_it0 = 'bx;
assign ap_reg_phiprechg_tmp_103_reg_229pp0_it0 = 'bx;
assign ap_reg_phiprechg_tmp_104_reg_268pp0_it0 = 'bx;
assign ap_reg_phiprechg_tmp_105_reg_285pp0_it0 = 'bx;
assign ap_reg_phiprechg_tmp_s_reg_211pp0_it0 = 'bx;
assign ap_reg_ppiten_pp0_it0 = ap_start;

/// ap_sig_bdd_105 assign process. ///
always @ (iph_wasLast_load_reg_536 or tmp_reg_540 or iph_wordCount_V_load_reg_544 or tmp_79_reg_548)
begin
    ap_sig_bdd_105 = ((ap_const_lv1_0 == iph_wasLast_load_reg_536) & ~(ap_const_lv1_0 == tmp_reg_540) & (ap_const_lv2_2 == iph_wordCount_V_load_reg_544) & ~(ap_const_lv1_0 == tmp_79_reg_548));
end

/// ap_sig_bdd_108 assign process. ///
always @ (iph_wasLast_load_reg_536 or tmp_reg_540 or iph_wordCount_V_load_reg_544)
begin
    ap_sig_bdd_108 = ((ap_const_lv1_0 == iph_wasLast_load_reg_536) & ~(ap_const_lv1_0 == tmp_reg_540) & (ap_const_lv2_1 == iph_wordCount_V_load_reg_544));
end

/// ap_sig_bdd_116 assign process. ///
always @ (iph_wasLast_load_reg_536 or tmp_reg_540 or iph_wordCount_V_load_reg_544)
begin
    ap_sig_bdd_116 = ((ap_const_lv1_0 == iph_wasLast_load_reg_536) & ~(ap_const_lv1_0 == tmp_reg_540) & ~(ap_const_lv2_2 == iph_wordCount_V_load_reg_544) & ~(ap_const_lv2_1 == iph_wordCount_V_load_reg_544) & ~(ap_const_lv2_0 == iph_wordCount_V_load_reg_544));
end

/// ap_sig_bdd_122 assign process. ///
always @ (rxEng_dataBuffer1_V_full_n or iph_wasLast_load_reg_536 or tmp_reg_540 or iph_wordCount_V_load_reg_544 or tmp_79_reg_548)
begin
    ap_sig_bdd_122 = (((rxEng_dataBuffer1_V_full_n == ap_const_logic_0) & (ap_const_lv1_0 == iph_wasLast_load_reg_536) & ~(ap_const_lv1_0 == tmp_reg_540) & (ap_const_lv2_2 == iph_wordCount_V_load_reg_544) & ~(ap_const_lv1_0 == tmp_79_reg_548)) | ((rxEng_dataBuffer1_V_full_n == ap_const_logic_0) & (ap_const_lv1_0 == iph_wasLast_load_reg_536) & ~(ap_const_lv1_0 == tmp_reg_540) & (ap_const_lv2_1 == iph_wordCount_V_load_reg_544)) | ((rxEng_dataBuffer1_V_full_n == ap_const_logic_0) & (ap_const_lv1_0 == iph_wasLast_load_reg_536) & ~(ap_const_lv1_0 == tmp_reg_540) & ~(ap_const_lv2_2 == iph_wordCount_V_load_reg_544) & ~(ap_const_lv2_1 == iph_wordCount_V_load_reg_544) & ~(ap_const_lv2_0 == iph_wordCount_V_load_reg_544)) | ((rxEng_dataBuffer1_V_full_n == ap_const_logic_0) & ~(ap_const_lv1_0 == iph_wasLast_load_reg_536)));
end

/// ap_sig_bdd_129 assign process. ///
always @ (ap_done_reg or ap_sig_cseq_ST_pp0_stg0_fsm_0 or ap_reg_ppiten_pp0_it0 or ap_reg_ppiten_pp0_it1 or ap_sig_bdd_85 or ap_sig_bdd_122)
begin
    ap_sig_bdd_129 = ((ap_const_logic_1 == ap_sig_cseq_ST_pp0_stg0_fsm_0) & (ap_const_logic_1 == ap_reg_ppiten_pp0_it0) & ~((ap_done_reg == ap_const_logic_1) | ((ap_const_logic_1 == ap_reg_ppiten_pp0_it0) & ap_sig_bdd_85) | (ap_sig_bdd_122 & (ap_const_logic_1 == ap_reg_ppiten_pp0_it1))));
end

/// ap_sig_bdd_20 assign process. ///
always @ (ap_CS_fsm)
begin
    ap_sig_bdd_20 = (ap_CS_fsm[ap_const_lv32_0] == ap_const_lv1_1);
end

/// ap_sig_bdd_228 assign process. ///
always @ (tmp_nbreadreq_fu_136_p3 or iph_wasLast or tmp_103_phi_fu_232_p10)
begin
    ap_sig_bdd_228 = ((iph_wasLast == ap_const_lv1_0) & ~(ap_const_lv1_0 == tmp_nbreadreq_fu_136_p3) & ~(ap_const_lv1_0 == tmp_103_phi_fu_232_p10));
end

/// ap_sig_bdd_241 assign process. ///
always @ (ap_done_reg or ap_sig_cseq_ST_pp0_stg0_fsm_0 or ap_reg_ppiten_pp0_it0 or ap_reg_ppiten_pp0_it1 or ap_sig_bdd_85 or ap_sig_bdd_122)
begin
    ap_sig_bdd_241 = ((ap_const_logic_1 == ap_sig_cseq_ST_pp0_stg0_fsm_0) & (ap_const_logic_1 == ap_reg_ppiten_pp0_it1) & ~((ap_done_reg == ap_const_logic_1) | ((ap_const_logic_1 == ap_reg_ppiten_pp0_it0) & ap_sig_bdd_85) | (ap_sig_bdd_122 & (ap_const_logic_1 == ap_reg_ppiten_pp0_it1))));
end

/// ap_sig_bdd_276 assign process. ///
always @ (ap_sig_cseq_ST_pp0_stg0_fsm_0 or ap_reg_ppiten_pp0_it0 or tmp_nbreadreq_fu_136_p3 or iph_wasLast)
begin
    ap_sig_bdd_276 = ((ap_const_logic_1 == ap_sig_cseq_ST_pp0_stg0_fsm_0) & (ap_const_logic_1 == ap_reg_ppiten_pp0_it0) & (iph_wasLast == ap_const_lv1_0) & ~(ap_const_lv1_0 == tmp_nbreadreq_fu_136_p3));
end

/// ap_sig_bdd_411 assign process. ///
always @ (tmp_79_nbreadreq_fu_144_p3 or iph_wordCount_V)
begin
    ap_sig_bdd_411 = ((iph_wordCount_V == ap_const_lv2_2) & ~(ap_const_lv1_0 == tmp_79_nbreadreq_fu_144_p3));
end

/// ap_sig_bdd_55 assign process. ///
always @ (tmp_nbreadreq_fu_136_p3 or tmp_79_nbreadreq_fu_144_p3 or iph_wasLast or iph_wordCount_V)
begin
    ap_sig_bdd_55 = ((iph_wasLast == ap_const_lv1_0) & ~(ap_const_lv1_0 == tmp_nbreadreq_fu_136_p3) & (iph_wordCount_V == ap_const_lv2_2) & ~(ap_const_lv1_0 == tmp_79_nbreadreq_fu_144_p3));
end

/// ap_sig_bdd_65 assign process. ///
always @ (tmp_nbreadreq_fu_136_p3 or iph_wasLast or iph_wordCount_V)
begin
    ap_sig_bdd_65 = ((iph_wasLast == ap_const_lv1_0) & ~(ap_const_lv1_0 == tmp_nbreadreq_fu_136_p3) & (iph_wordCount_V == ap_const_lv2_1));
end

/// ap_sig_bdd_69 assign process. ///
always @ (tmp_nbreadreq_fu_136_p3 or iph_wasLast or iph_wordCount_V)
begin
    ap_sig_bdd_69 = ((iph_wasLast == ap_const_lv1_0) & ~(ap_const_lv1_0 == tmp_nbreadreq_fu_136_p3) & (iph_wordCount_V == ap_const_lv2_0));
end

/// ap_sig_bdd_76 assign process. ///
always @ (tmp_nbreadreq_fu_136_p3 or iph_wasLast or iph_wordCount_V)
begin
    ap_sig_bdd_76 = ((iph_wasLast == ap_const_lv1_0) & ~(ap_const_lv1_0 == tmp_nbreadreq_fu_136_p3) & ~(iph_wordCount_V == ap_const_lv2_2) & ~(iph_wordCount_V == ap_const_lv2_1) & ~(iph_wordCount_V == ap_const_lv2_0));
end

/// ap_sig_bdd_85 assign process. ///
always @ (ap_start or ap_done_reg or rxEng_dataBuffer0_V_empty_n or tmp_nbreadreq_fu_136_p3 or tmp_79_nbreadreq_fu_144_p3 or rxEng_tcpLenFifo_V_V_empty_n or iph_wasLast or iph_wordCount_V)
begin
    ap_sig_bdd_85 = (((rxEng_dataBuffer0_V_empty_n == ap_const_logic_0) & (iph_wasLast == ap_const_lv1_0) & ~(ap_const_lv1_0 == tmp_nbreadreq_fu_136_p3) & (iph_wordCount_V == ap_const_lv2_2) & ~(ap_const_lv1_0 == tmp_79_nbreadreq_fu_144_p3)) | ((iph_wasLast == ap_const_lv1_0) & ~(ap_const_lv1_0 == tmp_nbreadreq_fu_136_p3) & (iph_wordCount_V == ap_const_lv2_2) & ~(ap_const_lv1_0 == tmp_79_nbreadreq_fu_144_p3) & (rxEng_tcpLenFifo_V_V_empty_n == ap_const_logic_0)) | ((rxEng_dataBuffer0_V_empty_n == ap_const_logic_0) & (iph_wasLast == ap_const_lv1_0) & ~(ap_const_lv1_0 == tmp_nbreadreq_fu_136_p3) & (iph_wordCount_V == ap_const_lv2_1)) | ((rxEng_dataBuffer0_V_empty_n == ap_const_logic_0) & (iph_wasLast == ap_const_lv1_0) & ~(ap_const_lv1_0 == tmp_nbreadreq_fu_136_p3) & (iph_wordCount_V == ap_const_lv2_0)) | ((rxEng_dataBuffer0_V_empty_n == ap_const_logic_0) & (iph_wasLast == ap_const_lv1_0) & ~(ap_const_lv1_0 == tmp_nbreadreq_fu_136_p3) & ~(iph_wordCount_V == ap_const_lv2_2) & ~(iph_wordCount_V == ap_const_lv2_1) & ~(iph_wordCount_V == ap_const_lv2_0)) | (ap_start == ap_const_logic_0) | (ap_done_reg == ap_const_logic_1));
end
assign grp_fu_325_p4 = {{iph_prevWord_data_V[ap_const_lv32_3F : ap_const_lv32_20]}};
assign grp_fu_334_p4 = {{iph_prevWord_keep_V[ap_const_lv32_7 : ap_const_lv32_4]}};
assign p_Result_s_117_fu_513_p5 = {{ap_const_lv64_0[32'd63 : 32'd32]}, {grp_fu_325_p4}};
assign p_Val2_26_fu_394_p1 = rxEng_dataBuffer0_V_dout[63:0];
assign p_Val2_27_fu_359_p1 = rxEng_dataBuffer0_V_dout[63:0];
assign tmp108_fu_525_p4 = {{{{ap_const_lv5_10}, {grp_fu_334_p4}}}, {p_Result_s_117_fu_513_p5}};
assign tmp_106_fu_433_p2 = (tmp_s_phi_fu_214_p10 ^ ap_const_lv1_1);
assign tmp_347_fu_398_p1 = rxEng_dataBuffer0_V_dout[31:0];
assign tmp_348_fu_412_p3 = rxEng_dataBuffer0_V_dout[ap_const_lv32_44];
assign tmp_349_fu_390_p1 = rxEng_dataBuffer0_V_dout[63:0];
assign tmp_351_fu_381_p1 = rxEng_dataBuffer0_V_dout[63:0];
assign tmp_355_fu_373_p1 = rxEng_tcpLenFifo_V_V_dout[7:0];
assign tmp_356_fu_377_p1 = rxEng_dataBuffer0_V_dout[31:0];
assign tmp_3_fu_479_p4 = {{{tmp_last_V_10_reg_577}, {iph_prevWord_keep_V}}, {iph_prevWord_data_V}};
assign tmp_5_fu_467_p6 = {{{{{{{{ap_const_lv9_FF}, {tmp_356_reg_567}}}, {tmp_355_reg_562}}}, {p_Result_14_reg_557}}}, {ap_const_lv16_600}};
assign tmp_79_nbreadreq_fu_144_p3 = rxEng_tcpLenFifo_V_V_empty_n;
assign tmp_7_fu_489_p6 = {{{{{tmp_last_V_reg_602}, {p_Result_13_reg_597}}, {grp_fu_334_p4}}, {tmp_347_reg_592}}, {grp_fu_325_p4}};
assign tmp_last_V_fu_420_p2 = (tmp_348_fu_412_p3 ^ ap_const_lv1_1);
assign tmp_nbreadreq_fu_136_p3 = rxEng_dataBuffer0_V_empty_n;


endmodule //toe_rxInsertPseudoHeader